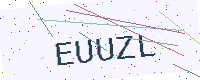
Text: EUUZL